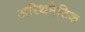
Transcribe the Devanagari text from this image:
अरिथमेटिक